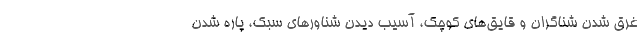
غرق شدن شناگران و قایق‌های کوچک، آسیب دیدن شناورهای سبک، پاره شدن